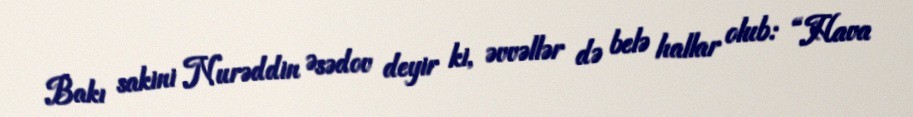
Bakı sakini Nurəddin Əsədov deyir ki, əvvəllər də belə hallar olub: “Hava